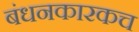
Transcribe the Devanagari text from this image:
बंधनकारकच